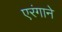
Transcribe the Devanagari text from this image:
एरंगाने